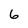
Character: 6